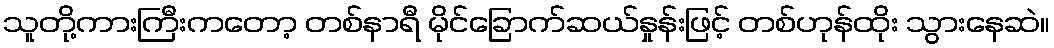
သူတို့ကားကြီးကတော့ တစ်နာရီ မိုင်ခြောက်ဆယ်နှုန်းဖြင့် တစ်ဟုန်ထိုး သွားနေဆဲ။